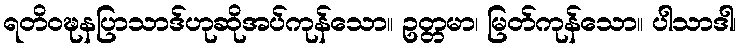
ရတိဝဍ္ဎနပြာသာဒ်ဟုဆိုအပ်ကုန်သော။ ဥတ္တမာ၊ မြတ်ကုန်သော။ ပါသာဒါ၊